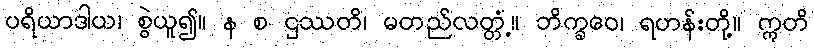
ပရိယာဒါယ၊ စွဲယူ၍။ န စ ဌဿတိ၊ မတည်လတ္တံ့။ ဘိက္ခဝေ၊ ရဟန်းတို့။ ဣတိ